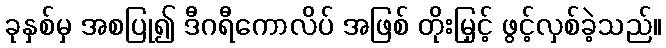
ခုနှစ်မှ အစပြု၍ ဒီဂရီကောလိပ် အဖြစ် တိုးမြှင့် ဖွင့်လှစ်ခဲ့သည်။